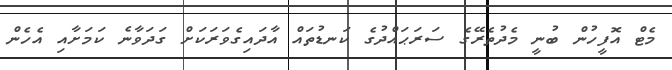
މެޓް އޮފީހުން ބުނީ މެދުތެރޭގެ ސަރަޙައްދުގެ ކަނޑުތައް އާދައިގެވަރަކަށް ގަދަވާނެ ކަަމަށާއި އެހެން